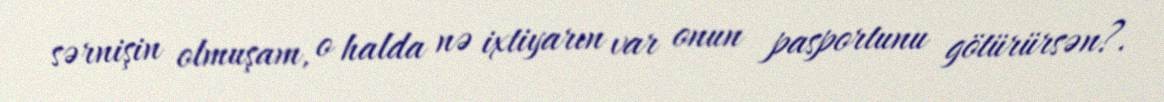
sərnişin olmuşam, o halda nə ixtiyarın var onun pasportunu götürürsən?.